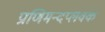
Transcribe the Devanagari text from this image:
प्राणिमन्दप्लवक